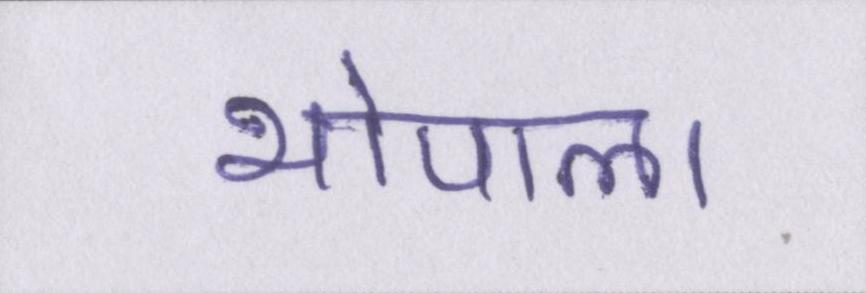
भोपाल।